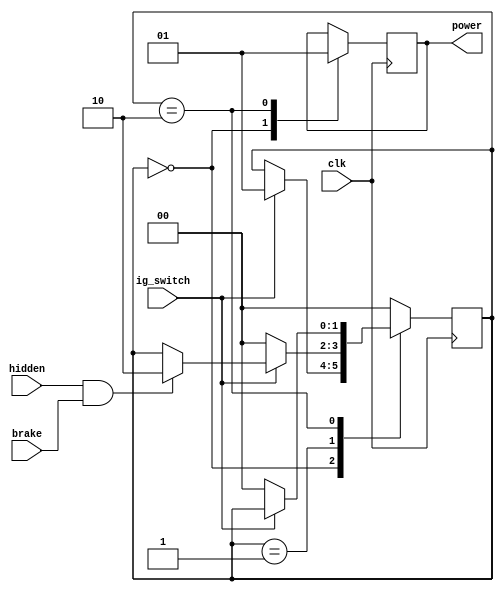
module fuel_pump(
    input brake, clk,
    input hidden,
    input ig_switch,// off is 0
    output power // off is 0
    );
    reg [1:0] state = 0;
    reg [1:0] state;
    reg power_reg;
    parameter OFF = 2'b00;
    parameter WAIT = 2'b01;
    parameter ON = 2'b10;
    assign power = power_reg;
    always @(posedge clk) begin
        case(state) 
            OFF:begin
                if(ig_switch) state <= WAIT;
                power_reg <= 0;
            end
            WAIT: begin
                if(hidden & brake) state <= ON;
                if(~ig_switch) state <= OFF;
            end
            ON: begin
                if(~ig_switch) state <= OFF;
                power_reg <= 1;
            end
            default : state <= OFF;        
        endcase
    end
endmodule